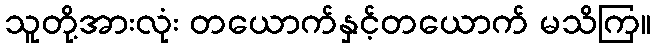
သူတို့အားလုံး တယောက်နှင့်တယောက် မသိကြ။